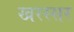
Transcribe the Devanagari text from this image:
खरस्सर